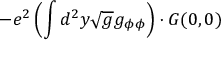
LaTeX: - e ^ { 2 } \left( \int d ^ { 2 } y \sqrt { g } g _ { \phi \phi } \right) \cdot G ( 0 , 0 )